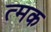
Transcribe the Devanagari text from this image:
त्मक